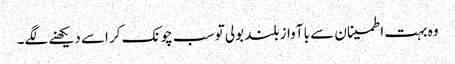
وہ بہت اطمینان سے با آواز بلند بولی تو سب چونک کر اسے دیکھنے لگے۔